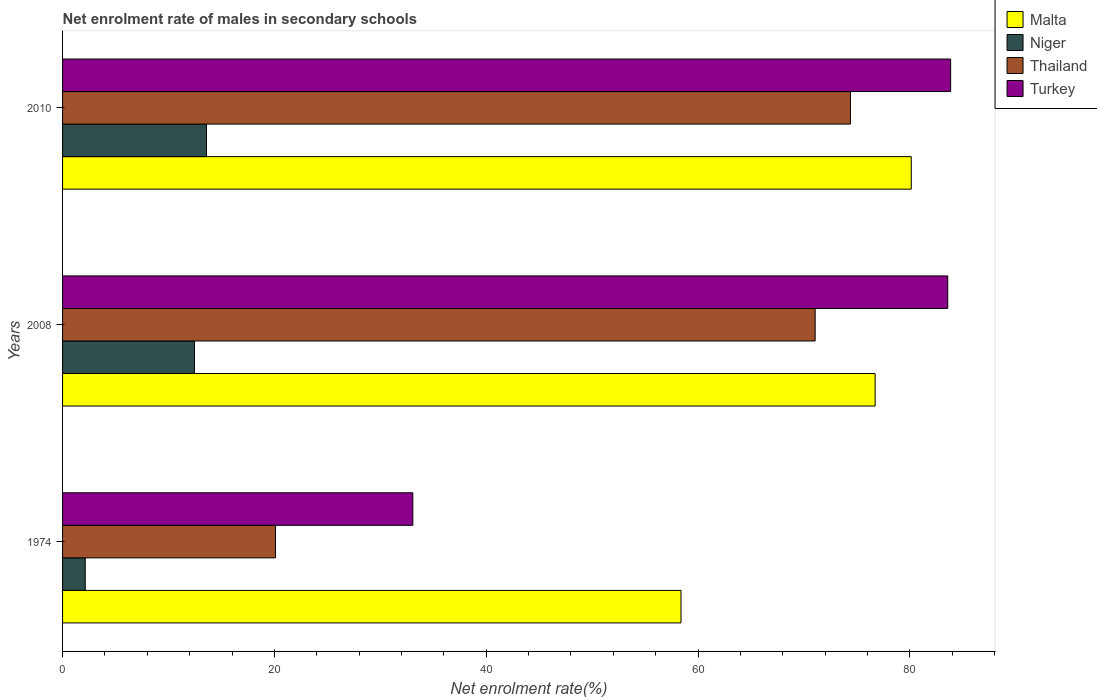
| Years | Malta | Niger | Thailand | Turkey |
 | --- | --- | --- | --- | --- |
 | 1974 | 58.4 | 2.14 | 20.1 | 33.1 |
 | 2008 | 76.7 | 12.5 | 71.1 | 83.6 |
 | 2010 | 80.1 | 13.6 | 74.4 | 83.9 |